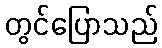
တွင်ပြောသည်